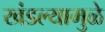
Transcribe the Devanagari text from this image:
खंडल्यामुळे